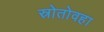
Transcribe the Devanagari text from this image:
स्रोतोवहा